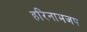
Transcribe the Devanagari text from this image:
हरिनामजप